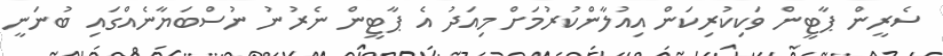
ސެރީން ޕާޓީން ވަކިކުރިކަން އިއުލާންކުރުމަށް މިއަދު އެ ޕާޓީން ނެރުނު ނުސްބަޔާނެއްގައި ބުނަނީ